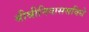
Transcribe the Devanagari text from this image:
श्रीश्रीनिवाससविधे